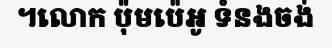
។លោក ប៉ុមប៉េអូ ទំនងចង់